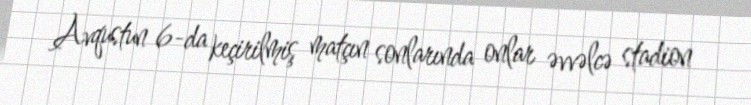
Avqustun 6-da keçirilmiş matçın sonlarında onlar əvvəlcə stadion